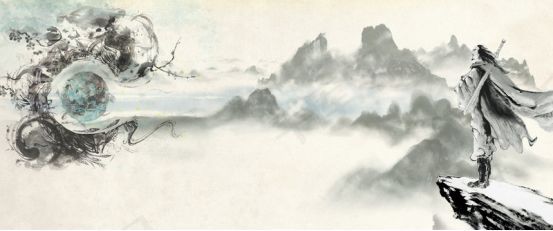
良辰当五日，偕老祝千年。